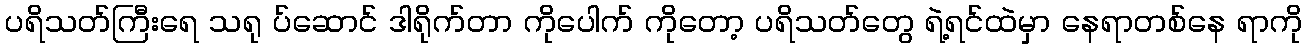
ပရိသတ်ကြီးရေ သရု ပ်ဆောင် ဒါရိုက်တာ ကိုပေါက် ကိုတော့ ပရိသတ်တွေ ရဲ့ရင်ထဲမှာ နေရာတစ်နေ ရာကို